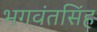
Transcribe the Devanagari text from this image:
भगवंतसिंह